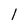
Character: l